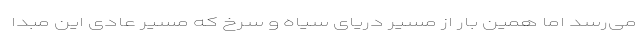
می‌رسد اما همین بار از مسیر دریای سیاه و سرخ که مسیر عادی این مبدا